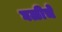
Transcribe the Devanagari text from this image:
घळीचे